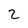
Character: 2